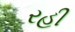
રહી